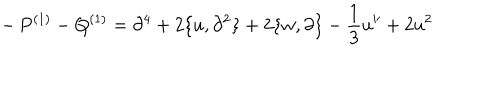
LaTeX: - \, P ^ { ( 1 ) } - Q ^ { ( 1 ) } = \partial ^ { 4 } + 2 \{ u , \partial ^ { 2 } \} + 2 \{ w , \partial \} - \frac { 1 } { 3 } u ^ { \prime \prime } + 2 u ^ { 2 }